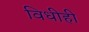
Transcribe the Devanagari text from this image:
विधीही